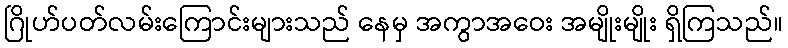
ဂြိုဟ်ပတ်လမ်းကြောင်းများသည် နေမှ အကွာအဝေး အမျိုးမျိုး ရှိကြသည်။